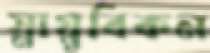
স্নায়ুবিকন